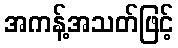
အကန့်အသတ်ဖြင့်